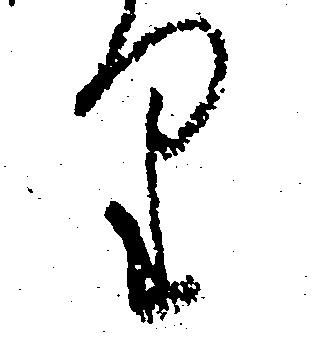
り